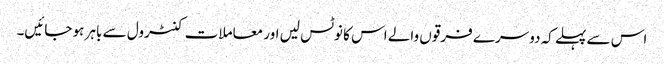
اس سے پہلے کہ دوسرے فرقوں والے اس کا نوٹس لیں اور معاملات کنٹرول سے باہر ہو جائیں۔